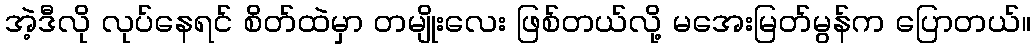
အဲ့ဒီလို လုပ်နေရင် စိတ်ထဲမှာ တမျိုးလေး ဖြစ်တယ်လို့ မအေးမြတ်မွန်က ပြောတယ်။